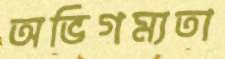
অভিগম্যতা